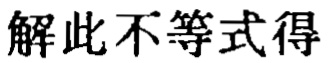
解此不等式得